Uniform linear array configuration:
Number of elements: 48
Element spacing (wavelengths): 0.75
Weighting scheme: cosine
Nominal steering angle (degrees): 30
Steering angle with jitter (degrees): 30.198
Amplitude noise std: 0.05
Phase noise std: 0.05

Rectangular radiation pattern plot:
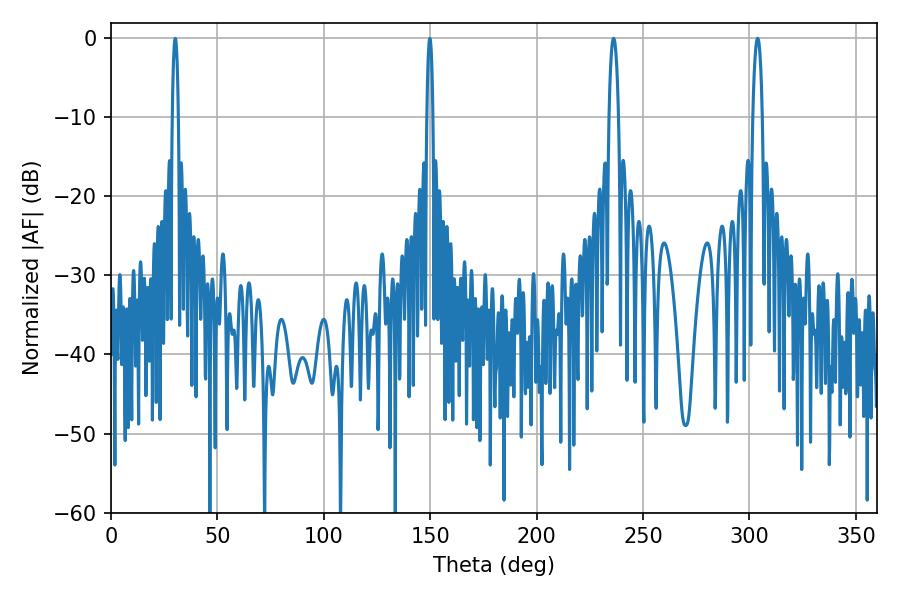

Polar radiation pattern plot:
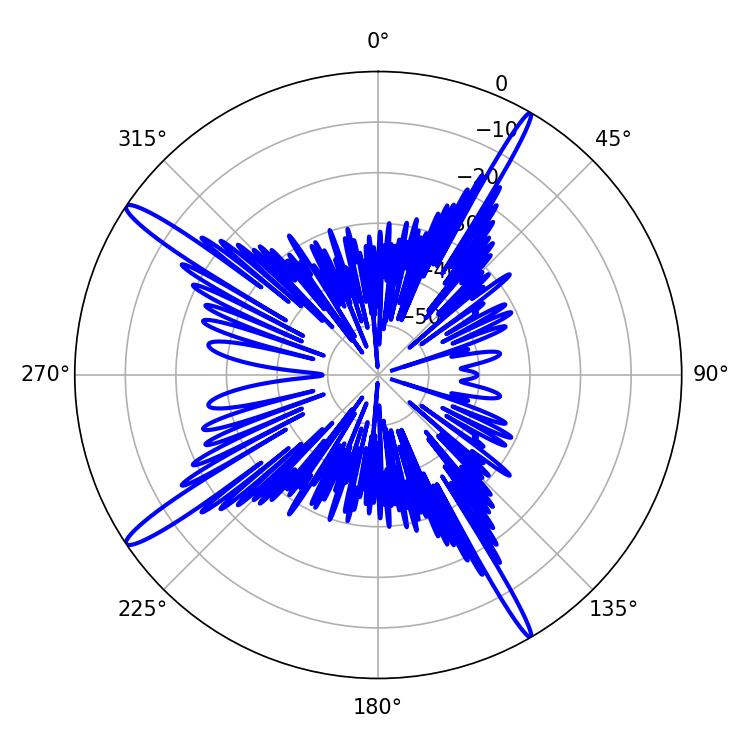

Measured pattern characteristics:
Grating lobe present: TRUE
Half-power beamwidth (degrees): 2.52
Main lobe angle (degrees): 236.16